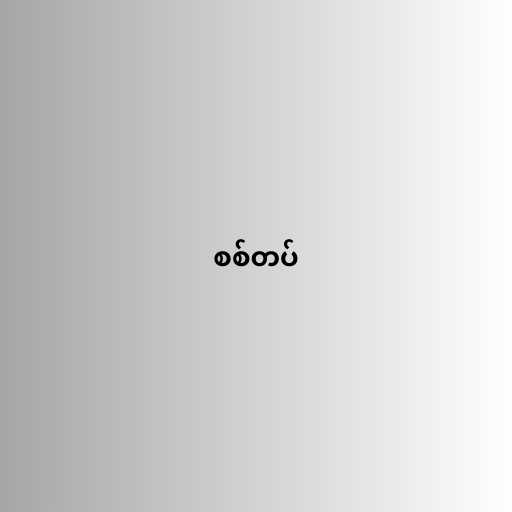
စစ်တပ်